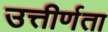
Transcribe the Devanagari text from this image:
उत्तीर्णता